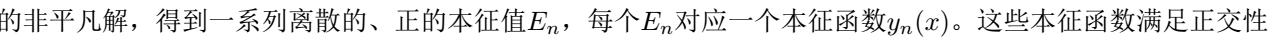
的非平凡解，得到一系列离散的、正的本征值$E_{n}$，每个$E_{n}$对应一个本征函数$y_{n}(x)$。这些本征函数满足正交性